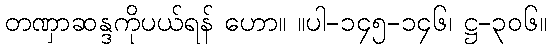
တဏှာဆန္ဒကိုပယ်ရန် ဟော။ ။ပါ-၁၄၅-၁၄၆၊ ဋ္ဌ-၃၀၆။